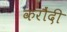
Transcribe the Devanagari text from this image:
करौंदी